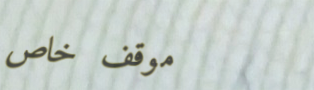
موقف خاص